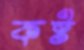
কষ্ট